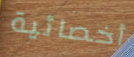
أخصائية